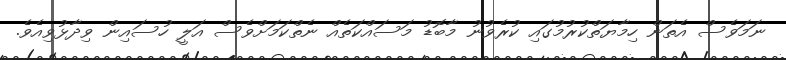
ނަމަވެސް އެތަން ހިމާޔަތްކުރުމުގައި ކުރެވުނު މާބޮޑު މަސައްކަތެއް ނެތްކަމަށްވެސް އަލީ ހުސައިން ވިދާޅުވިއެވެ.